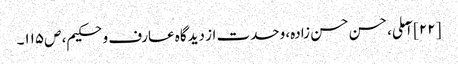
[۲۲] آملی، حسن حسن زادہ، وحدت از دیدگاه عارف و حکیم، ص‌۱۱۵۔